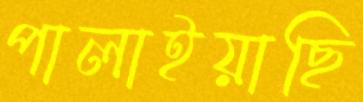
পালাইয়াছি